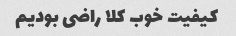
کیفیت خوب کلا راضی بودیم